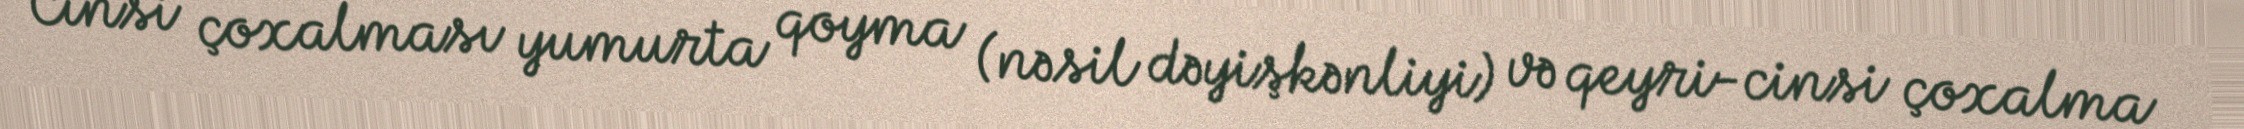
Cinsi çoxalması yumurta qoyma (nəsil dəyişkənliyi) və qeyri-cinsi çoxalma